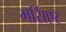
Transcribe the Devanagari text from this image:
मर्सिएर